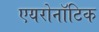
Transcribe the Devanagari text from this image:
एयरोनॉटिक